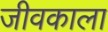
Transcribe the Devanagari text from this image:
जीवकाला